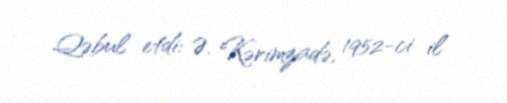
Qəbul etdi: Ə. Kərimzadə, 1952-ci il